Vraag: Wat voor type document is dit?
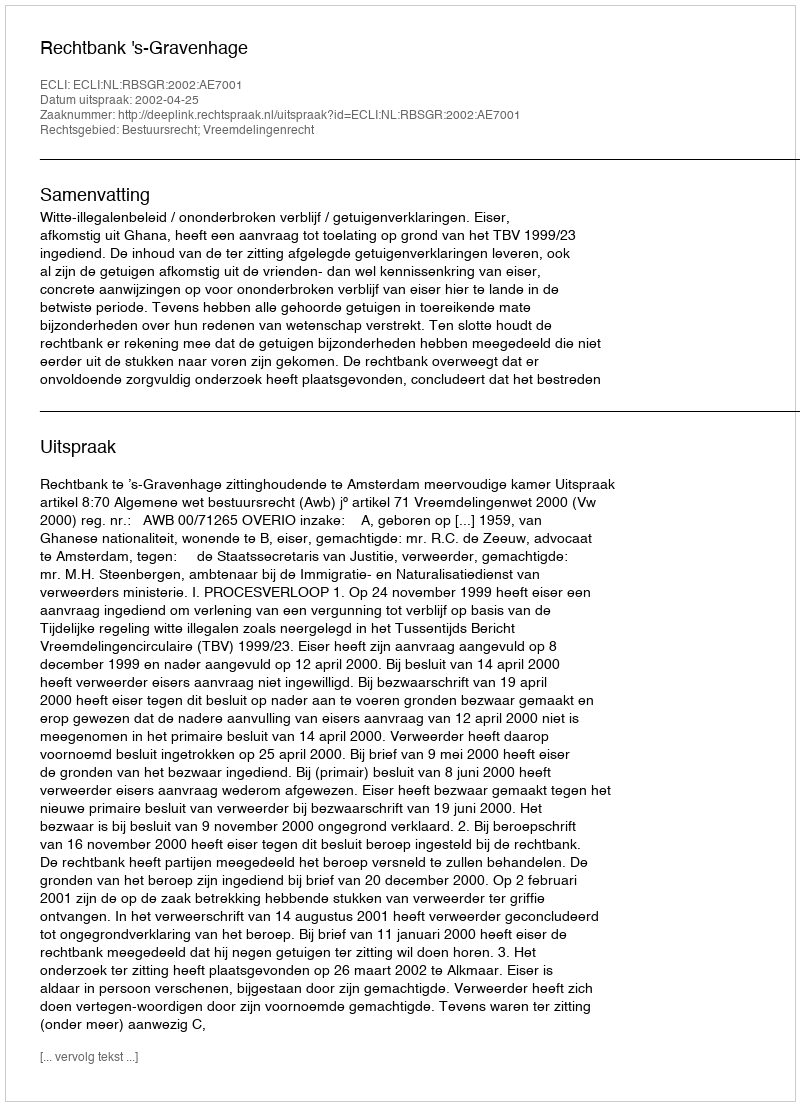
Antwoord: Uitspraak